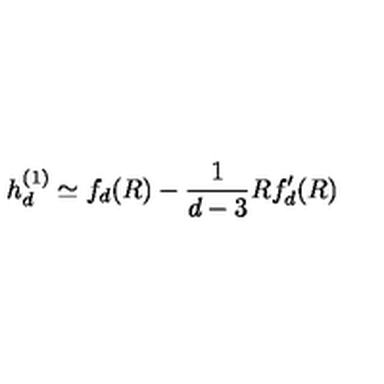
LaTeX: h _ { d } ^ { ( 1 ) } \simeq f _ { d } ( R ) - \frac { 1 } { d - 3 } R f _ { d } ^ { \prime } ( R )